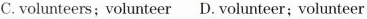
C.volunteers; volunteer D. volunteer; volunteer